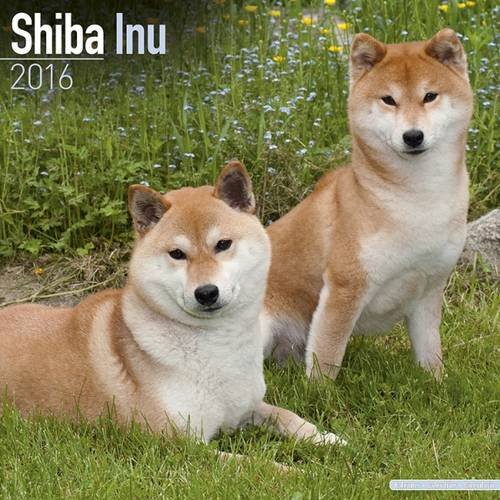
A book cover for Shiba Inu Calendar - Breed Specific Shiba Inu Calendar - 2016 Wall calendars - Dog Calendars - Monthly Wall Calendar by Avonside; MegaCalendars; Calendars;